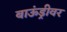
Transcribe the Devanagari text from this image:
बाऊंड्रीवर